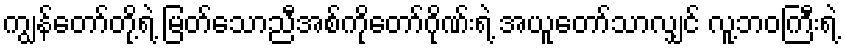
ကျွန်တော်တို့ရဲ့ မြတ်သောညီအစ်ကိုတော်ဂိုဏ်းရဲ့ အယူတော်သာလျှင် လူ့ဘဝကြီးရဲ့